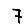
Digit: 7